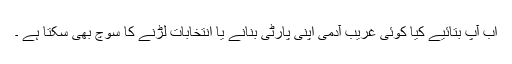
اب آپ بتائیے کیا کوئی غریب آدمی اپنی پارٹی بنانے یا انتخابات لڑنے کا سوچ بھی سکتا ہے ۔